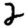
Digit: 2